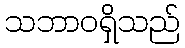
သဘာဝရှိသည်